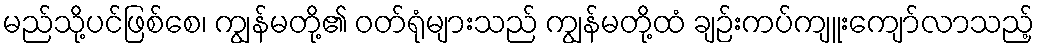
မည်သို့ပင်ဖြစ်စေ၊ ကျွန်မတို့၏ ဝတ်ရုံများသည် ကျွန်မတို့ထံ ချဉ်းကပ်ကျူးကျော်လာသည့်